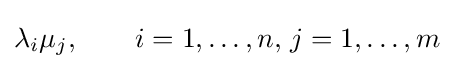
\lambda _{i}\mu _{j},\qquad i=1,\ldots ,n,\,j=1,\ldots ,m